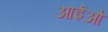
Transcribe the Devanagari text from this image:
आईओ